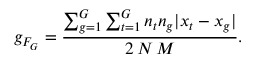
g _ { F _ { G } } = \frac { \sum _ { g = 1 } ^ { G } \sum _ { t = 1 } ^ { G } n _ { t } n _ { g } | x _ { t } - x _ { g } | } { 2 \, N \, M } .